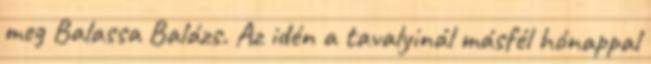
meg Balassa Balázs. Az idén a tavalyinál másfél hónappal